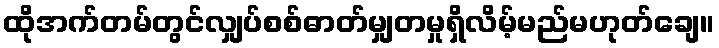
ထိုအက်တမ်တွင်လျှပ်စစ်ဓာတ်မျှတမှုရှိလိမ့်မည်မဟုတ်ချေ။